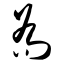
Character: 乔